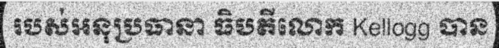
របស់អនុប្រធានា ធិបតីលោក Kellogg បាន